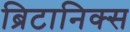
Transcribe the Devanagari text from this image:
ब्रिटानिक्स